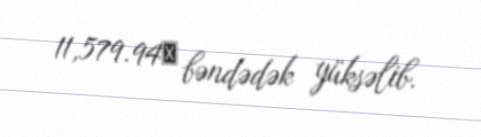
11,579.94​ bəndədək yüksəlib.